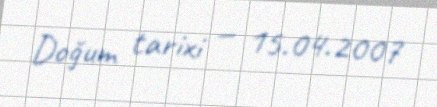
Doğum tarixi — 15.04.2007